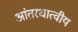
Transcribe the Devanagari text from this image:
आंतरधात्वीय